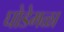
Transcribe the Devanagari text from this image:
घोडेमळा